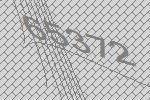
65372